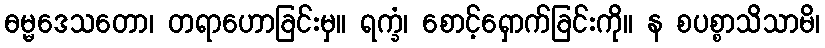
ဓမ္မဒေသတော၊ တရာဟောခြင်းမှ။ ရက္ခံ၊ စောင့်ရှောက်ခြင်းကို။ န စပစ္စာသိသာမိ၊